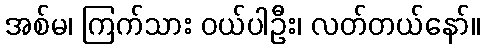
အစ်မ၊ ကြက်သား ဝယ်ပါဦး၊ လတ်တယ်နော်။